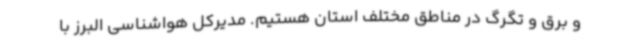
و برق و تگرگ در مناطق مختلف استان هستیم. مدیرکل هواشناسی البرز با